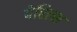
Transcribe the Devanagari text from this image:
पेरिल्स